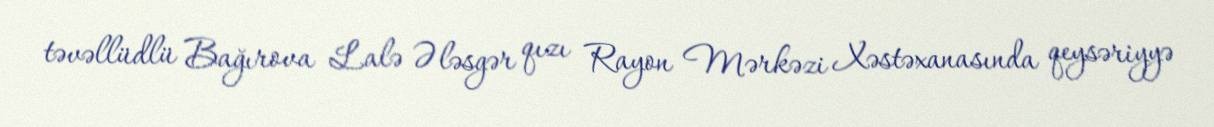
təvəllüdlü Bağırova Lalə Ələsgər qızı Rayon Mərkəzi Xəstəxanasında qeysəriyyə